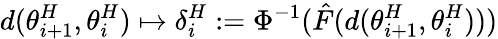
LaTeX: d({\theta}_{i+1}^{H},{\theta}_{i}^{H})\mapsto\delta_{i}^{H}:=\Phi^{-1}(\hat{F}(d({\theta}_{i+1}^{H},{\theta}_{i}^{H})))